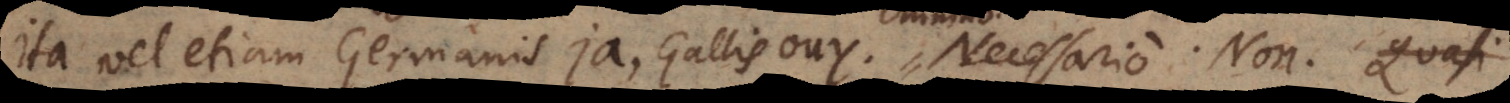
Ita vel etiam, Germanis ja, Gallis ouy. Necessario. Non. Adv